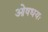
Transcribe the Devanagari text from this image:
ओषधयः